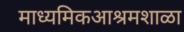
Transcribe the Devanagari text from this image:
माध्यमिकआश्रमशाळा